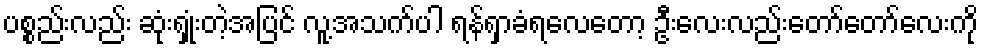
ပစ္စည်းလည်း ဆုံးရှုံးတဲ့အပြင် လူ့အသက်ပါ ရန်ရှာခံရလေတော့ ဦးလေးလည်းတော်တော်လေးကို